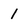
Character: 1